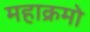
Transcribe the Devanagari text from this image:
महाक्रमो